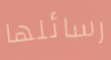
رسائلها